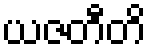
ယဇတီတိ